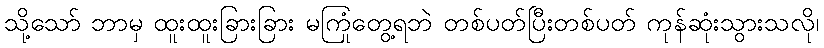
သို့သော် ဘာမှ ထူးထူးခြားခြား မကြုံတွေ့ရဘဲ တစ်ပတ်ပြီးတစ်ပတ် ကုန်ဆုံးသွားသလို၊